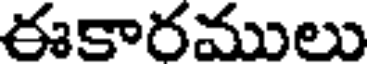
ఈకారములు